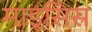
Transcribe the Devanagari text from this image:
माइसिस